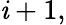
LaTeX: \mathit{i}+1,